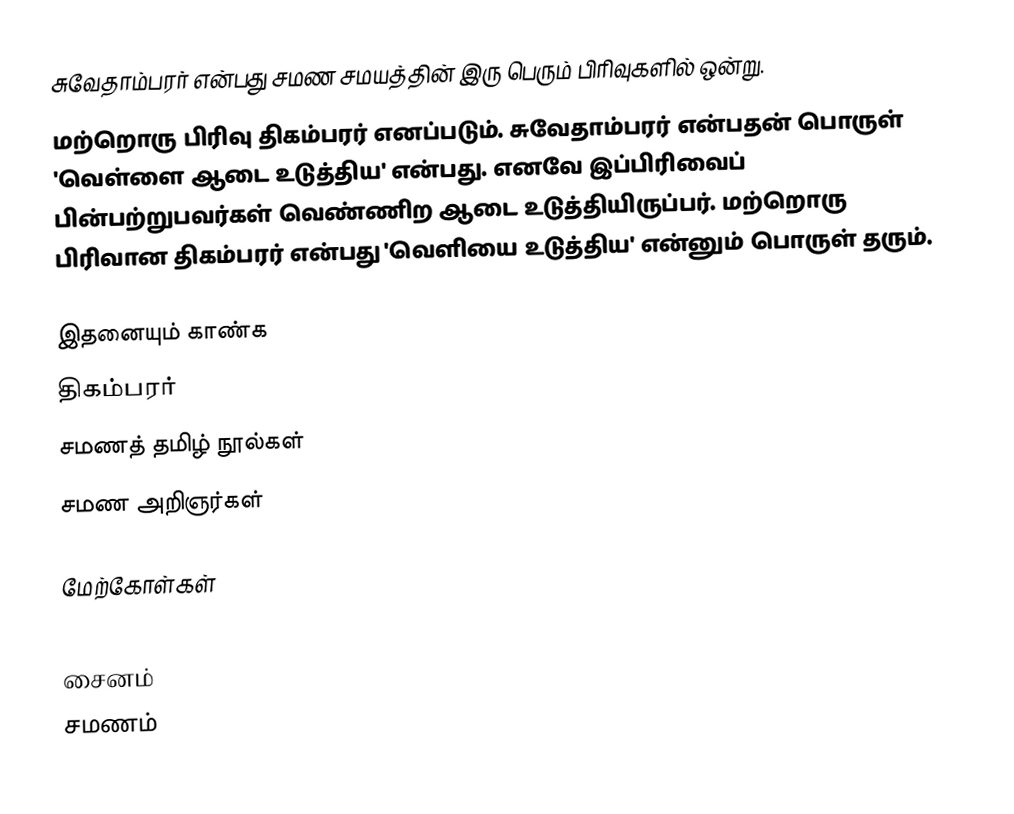
சுவேதாம்பரர் என்பது சமண சமயத்தின் இரு பெரும் பிரிவுகளில் ஒன்று.
மற்றொரு பிரிவு திகம்பரர் எனப்படும். சுவேதாம்பரர் என்பதன் பொருள் 'வெள்ளை ஆடை உடுத்திய' என்பது. எனவே இப்பிரிவைப் பின்பற்றுபவர்கள் வெண்ணிற ஆடை உடுத்தியிருப்பர். மற்றொரு பிரிவான திகம்பரர் என்பது 'வெளியை உடுத்திய' என்னும் பொருள் தரும்.

இதனையும் காண்க
 திகம்பரர்
 சமணத் தமிழ் நூல்கள்
 சமண அறிஞர்கள்

மேற்கோள்கள்

சைனம்
சமணம்